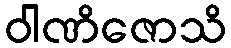
ဝါဏိဇောသိ